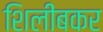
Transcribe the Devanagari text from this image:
शिलींबकर